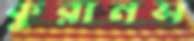
কুরানস